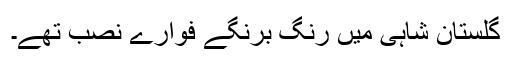
گلستان شاہی میں رنگ برنگے فوارے نصب تھے۔